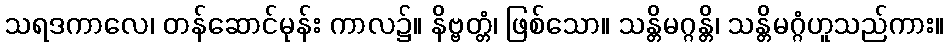
သရဒကာလေ၊ တန်ဆောင်မုန်း ကာလ၌။ နိဗ္ဗတ္တံ၊ ဖြစ်သော။ သန္တိမဂ္ဂန္တိ၊ သန္တိမဂ္ဂံဟူသည်ကား။